38_143685_box7_Incident_Summaries_1-100
Agency: Department of War
Page 169
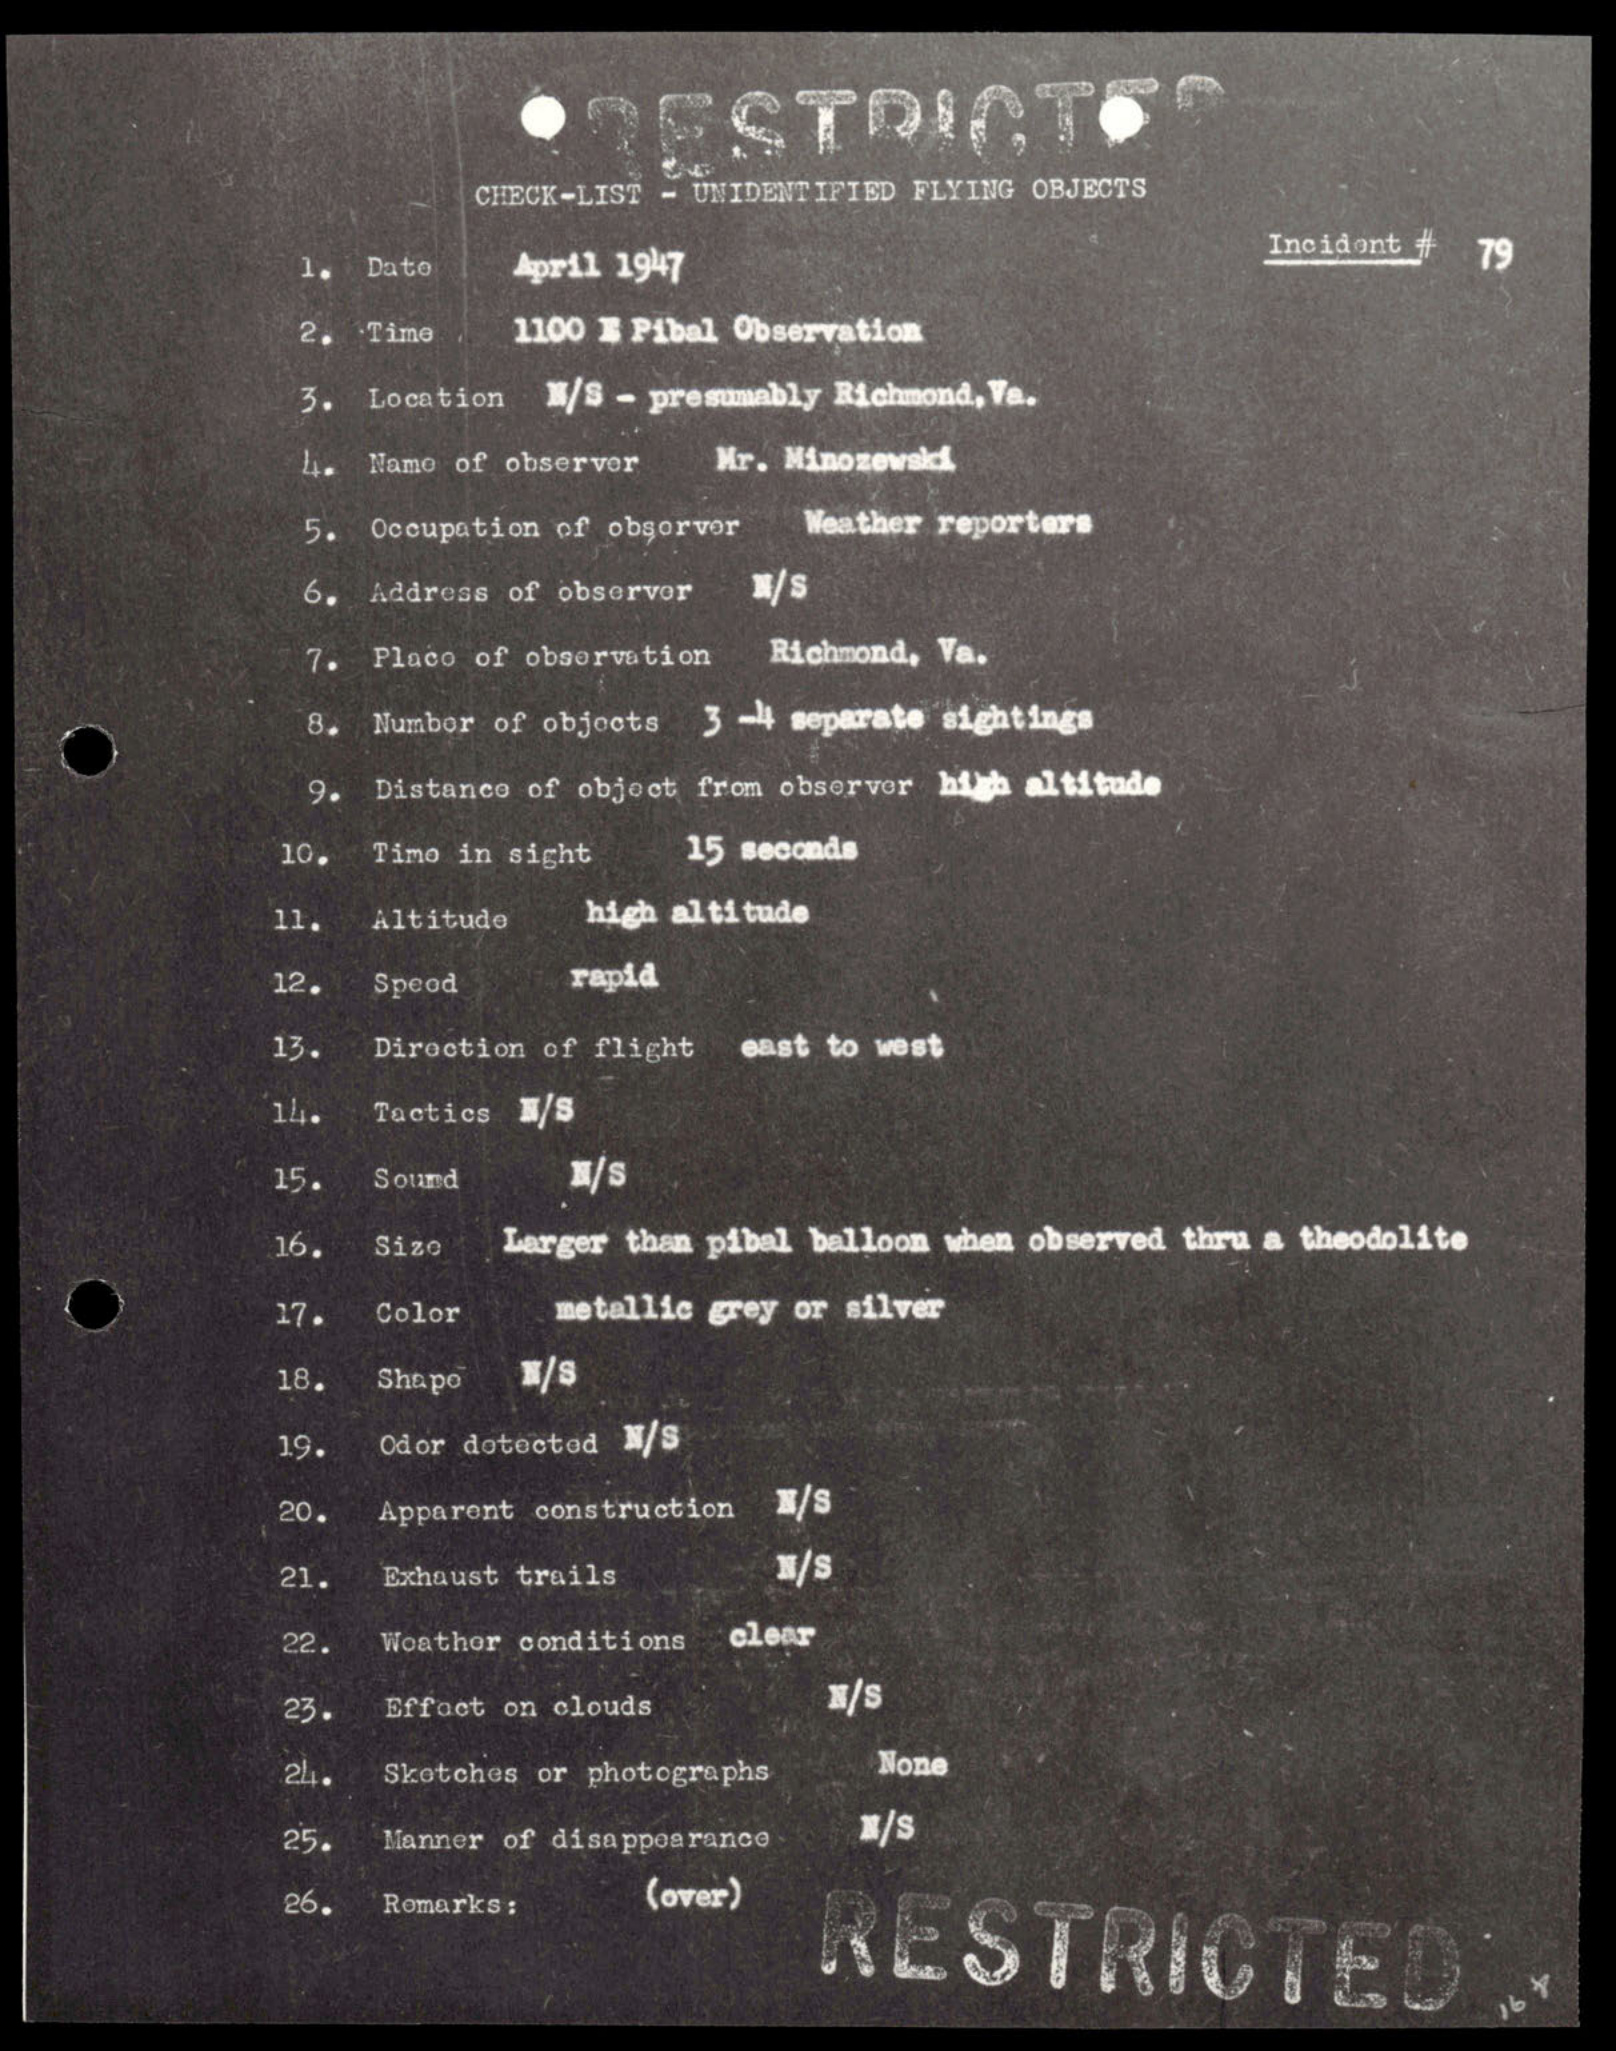